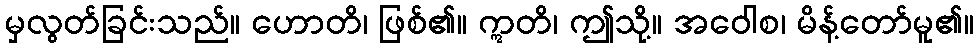
မှလွတ်ခြင်းသည်။ ဟောတိ၊ ဖြစ်၏။ ဣတိ၊ ဤသို့။ အဝေါစ၊ မိန့်တော်မူ၏။